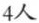
4人